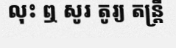
លុះ ឮ សូរ តូរ្យ តន្ត្រី